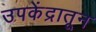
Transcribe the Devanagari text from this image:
उपकेंद्रातून